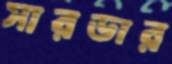
সারডার